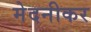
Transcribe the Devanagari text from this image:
मेदनीकर